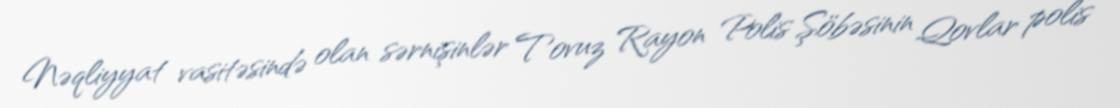
Nəqliyyat vasitəsində olan sərnişinlər Tovuz Rayon Polis Şöbəsinin Qovlar polis